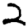
Digit: 2